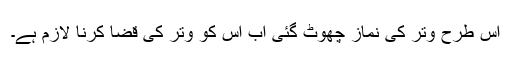
اس طرح وتر کی نماز چھوٹ گئی اب اس کو وتر کی قضا کرنا لازم ہے۔